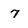
Character: 7